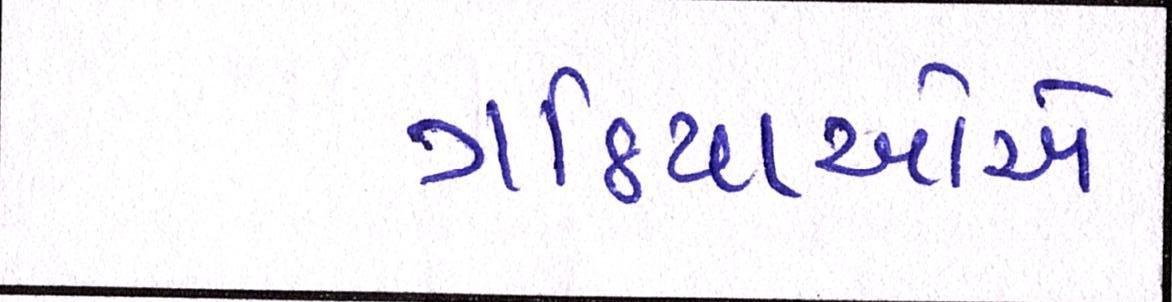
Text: ગઠિયાઓએ